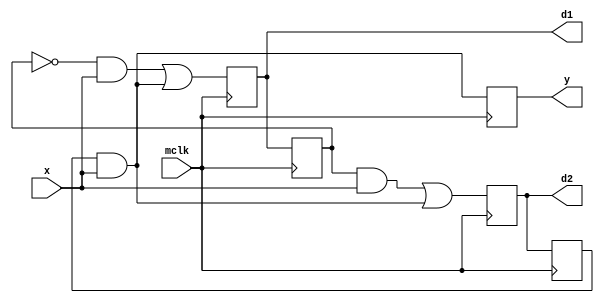
`timescale 10ns/10ps
module finitesm(input x,mclk, output reg y,d1,d2);
reg q1,q2;
reg [10:0] delay;

always @(negedge mclk) begin
	d1<= (!q1 && x)||(q2 && x);
	d2<=(q1 && x) ||(q2 && x);
	y<= q2 && x;
end
always @(posedge mclk) begin
	q1 <= d1;
	q2 <= d2;
end
endmodule